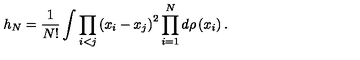
h _ { N } = \frac { 1 } { N ! } \int \prod _ { i < j } \left( x _ { i } - x _ { j } \right) ^ { 2 } \prod _ { i = 1 } ^ { N } d \rho \left( x _ { i } \right) .